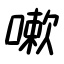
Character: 嗽